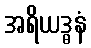
အရိယဒ္ဓနံ